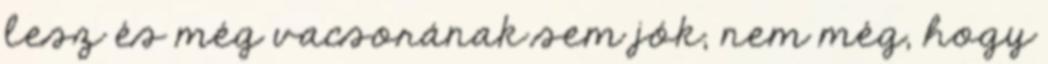
lesz és még vacsorának sem jók, nem még, hogy